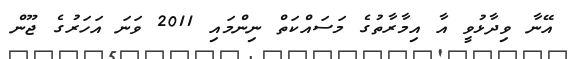
އޭނާ ވިދާޅުވީ އާ އިމާރާތުގެ މަސައްކަތް ނިންމައި 2011 ވަނަ އަހަރުގެ ޖޫން